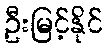
ဦးမြင့်နိုင်